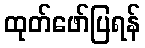
ထုတ်ဖော်ပြရန်